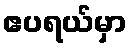
ဧပရယ်မှာ